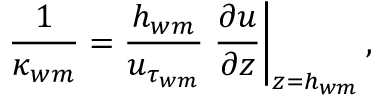
\frac { 1 } { \kappa _ { w m } } = \frac { h _ { w m } } { u _ { \tau _ { w m } } } \left. \frac { \partial u } { \partial z } \right| _ { z = h _ { w m } } ,